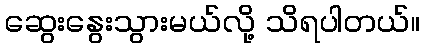
ဆွေးနွေးသွားမယ်လို့ သိရပါတယ်။